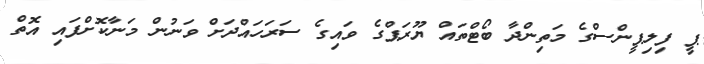
ޕީ ފިލިޕީންސްގެ މަތިންދާ ބޯޓްތައް ޔޫރަޕްގެ ވައިގެ ސަރަހައްދަށް ވަނުން މަނާކޮށްފައި އޮތް